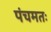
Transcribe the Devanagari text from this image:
पंचमतः